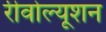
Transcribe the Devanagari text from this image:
रीवोल्यूशन